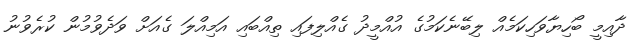
ދާއިމީ ބޯހިޔާވަހިކަމެއް ލިބޭނެކަމުގެ އުއްމީދު ގެއްލިފައި ތިއްބައި އަމިއްލަ ގެއަށް ވަދެވުމުން ކުރެވުނު